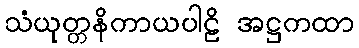
သံယုတ္တနိကာယပါဠိ အဋ္ဌကထာ